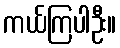
ကယ်ကြပါဦး။